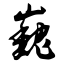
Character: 巍